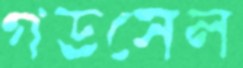
গডসেল